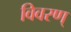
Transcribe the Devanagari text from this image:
विवरण्‌